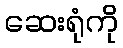
ဆေးရုံကို